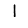
Digit: 1